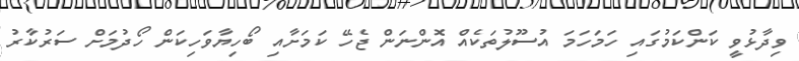
ވިދާޅުވީ ކަންކަމުގައި ހަމަހަމަ އުސޫލުތަކެއް އޮންނަން ޖެހޭ ކަމަށާއި ބޯހިޔާވަހިކަން ހޯދުމަށް ސަރުކާރު